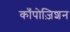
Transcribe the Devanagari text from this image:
काँपोज़िशन